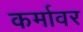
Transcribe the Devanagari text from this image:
कर्मावर